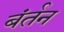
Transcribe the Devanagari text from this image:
बंर्तन